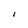
Character: I